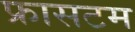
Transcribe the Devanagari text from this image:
फ्रासटम